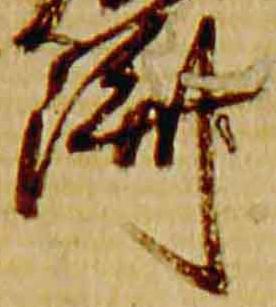
済